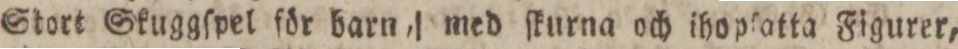
Stort Skuggſpel för barnd med ſkurna och ihoplatta Figurer,